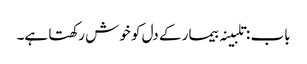
باب : تلبینہ بیمار کے دل کو خوش رکھتا ہے۔